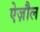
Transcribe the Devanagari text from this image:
ऐज़ौल